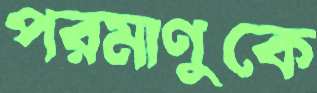
পরমাণুকে